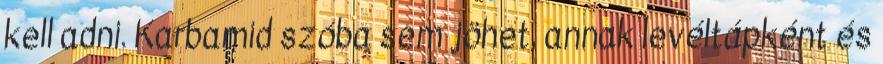
kell adni. Karbamid szóba sem jöhet, annak levéltápként és